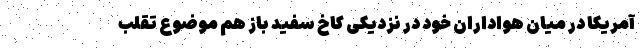
آمریکا در میان هواداران خود در نزدیکی کاخ سفید باز هم موضوع تقلب